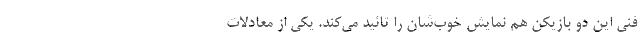
فنی این دو بازیکن هم نمایش خوب‌شان را تائید می‌کند. یکی از معادلات